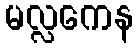
မလ္လကေန